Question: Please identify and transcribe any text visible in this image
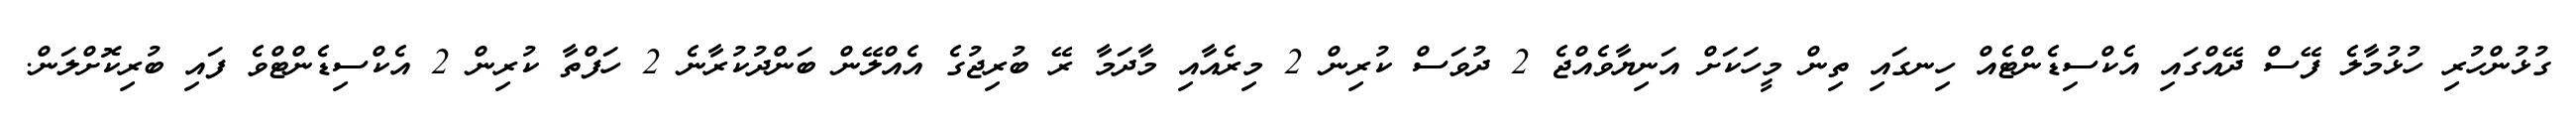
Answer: ގުޅުންހުރި ހުޅުމާލެ ފޭސް ދޭއްގައި އެކްސިޑެންޓެއް ހިނގައި ތިން މީހަކަށް އަނިޔާވެއްޖެ 2 ދުވަސް ކުރިން 2 މިރެއާއި މާދަމާ ރޭ ބުރިޖުގެ އެއްލޭން ބަންދުކުރާނެ 2 ހަފްތާ ކުރިން 2 އެކްސިޑެންޓްވެ ފައި ބުރިކޮށްލަން.